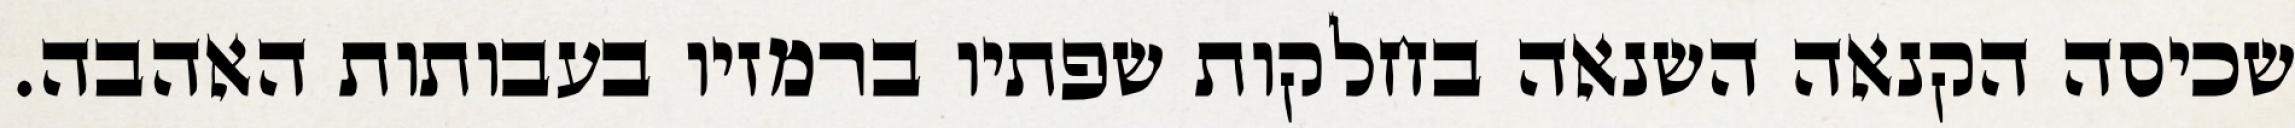
שכיסה הקנאה השנאה בחלקות שפתיו ברמזיו בעבותות האהבה.